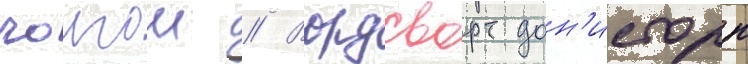
чолгош // Вордсворт дон'исторп